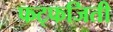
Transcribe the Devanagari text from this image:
फट्फजिती